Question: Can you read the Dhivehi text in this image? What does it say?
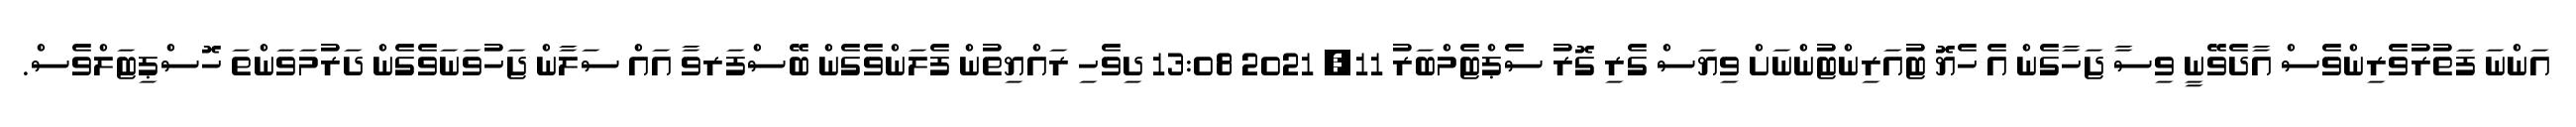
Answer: އަންނަ ފަތުރުވެރިންވެސް އާދެވޭނީ ވިސާ ޖަހާގެން އެ ހެޔޮ ޓުއަރިންޓުންނަށް ވިޔަސް ގެރި ގޮރު ސެޕްޓެމްބަރު 11, 2021 13:08 ދިވެހި ރައްޔިތުން ފެލަންވެގެން ބޭސްފަރވާ އައް ސަލާން ޖަހުވަނަވެގެން ދަރުމަވަންތަ ހޮސްޕިޓަލްވެސް.